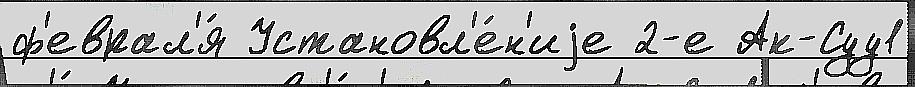
ф'еврал'я́ Установл'е́н'иjе 2-е Ак-Суу1